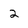
Character: 2